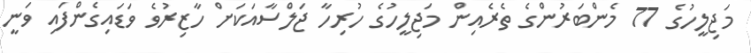
މަޖިލީހުގެ 77 މެންބަރުންގެ ތެރެއިން މަޖިލީހުގެ ހުރިހާ ޖަލްސާއަކަށް ހާޒިރުވެ ވަޑައިގެންފައި ވަނީ